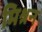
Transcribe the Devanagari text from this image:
मिश्रन